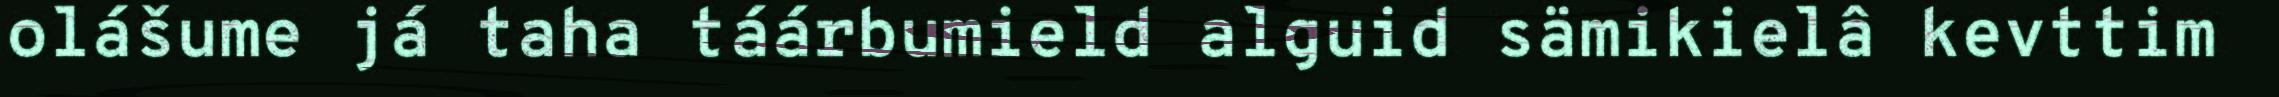
olášume já taha táárbumield alguid sämikielâ kevttim